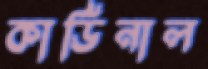
কার্ডিনাল